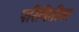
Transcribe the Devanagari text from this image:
परिमितीवर